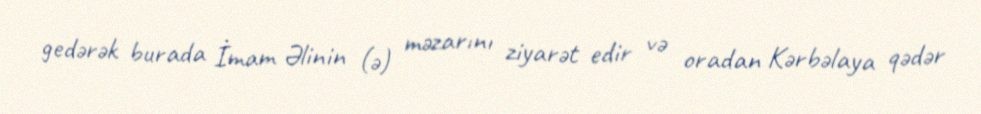
gedərək burada İmam Əlinin (ə) məzarını ziyarət edir və oradan Kərbəlaya qədər